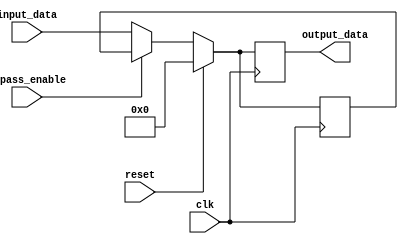
module Bypass_Register (
    input wire clk,
    input wire reset,
    input wire bypass_enable,
    input wire [31:0] input_data,
    output reg [31:0] output_data
);

reg [31:0] register;

always @(posedge clk) begin
    if (reset) begin
        register <= 32'b0;
        output_data <= 32'b0;
    end else begin
        if (bypass_enable) begin
            output_data <= register;
        end else begin
            output_data <= input_data;
            register <= input_data;
        end
    end
end

endmodule